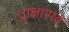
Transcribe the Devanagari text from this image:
द्राक्षासव